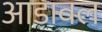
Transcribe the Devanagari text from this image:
आड़ावल